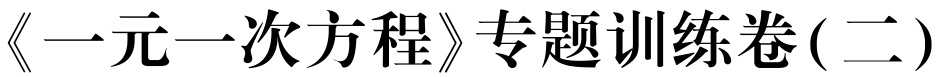
《一元一次方程》专题训练卷(二)